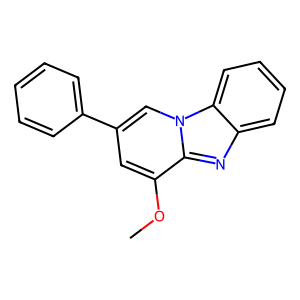
SMILES: COc1cc(-c2ccccc2)cn2c1nc1ccccc12
Inhibits HIV replication: No